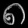
Digit: ၈